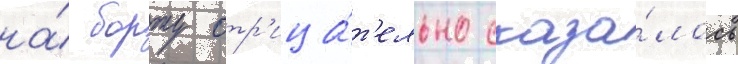
на́ борту отр'ица́т'ельно сказа́лось